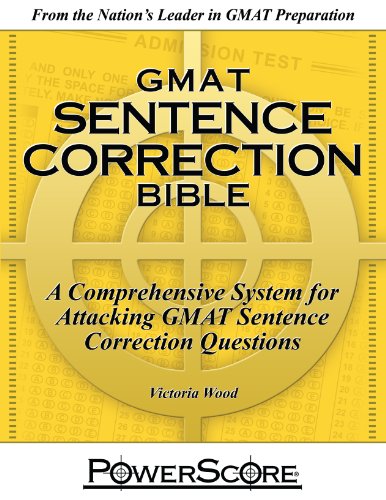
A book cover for The PowerScore GMAT Sentence Correction Bible; Victoria Wood; Test Preparation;